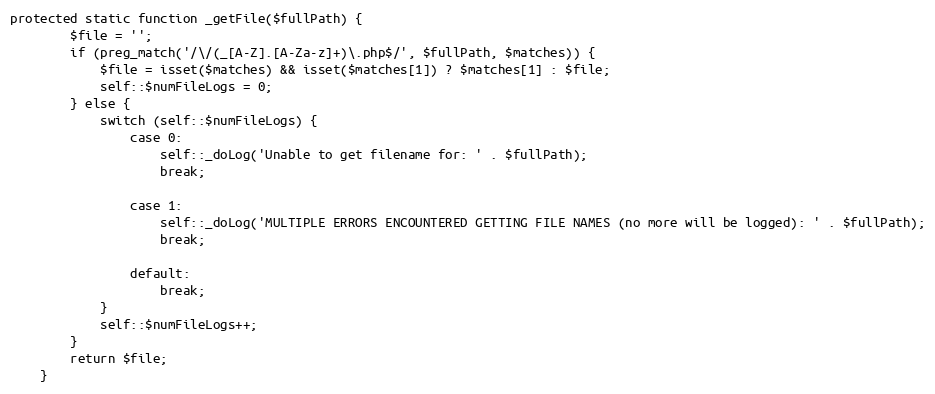
Language: PHP
protected static function _getFile($fullPath) {
        $file = '';
        if (preg_match('/\/(_[A-Z].[A-Za-z]+)\.php$/', $fullPath, $matches)) {
            $file = isset($matches) && isset($matches[1]) ? $matches[1] : $file;
            self::$numFileLogs = 0;
        } else {
            switch (self::$numFileLogs) {
                case 0:
                    self::_doLog('Unable to get filename for: ' . $fullPath);
                    break;

                case 1:
                    self::_doLog('MULTIPLE ERRORS ENCOUNTERED GETTING FILE NAMES (no more will be logged): ' . $fullPath);
                    break;

                default:
                    break;
            }
            self::$numFileLogs++;
        }
        return $file;
    }